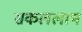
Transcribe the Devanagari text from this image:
सकललाभ